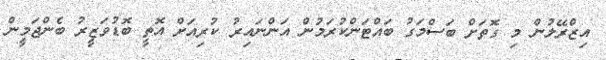
އިޒްރޭލުން މި ގޮތަށް ބަސްމަގު ބައްޓަންކުރަމުން އަންނައިރު ކުރިއަށް އޮތީ ބޮޑުވަޒީރު ބެންޖަމީން